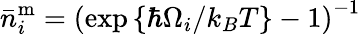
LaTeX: \bar{n}_{i}^{\mathrm{m}}=\left(\exp\left\{ \hbar\Omega_{i}/k_{B}T\right\} -1\right)^{-1}